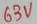
Text: 63V